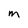
Character: M